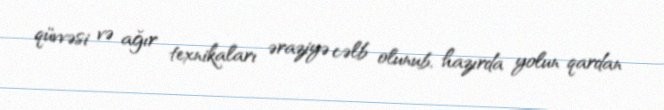
qüvvəsi və ağır texnikaları əraziyə cəlb olunub, hazırda yolun qardan